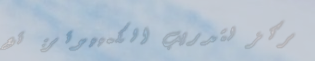
مركز لتدريب الكمبيوتر: تع